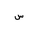
Letter: _sin